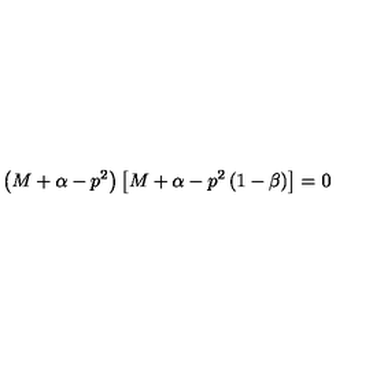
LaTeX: \left( M + \alpha - p ^ { 2 } \right) \left[ M + \alpha - p ^ { 2 } \left( 1 - \beta \right) \right] = 0